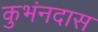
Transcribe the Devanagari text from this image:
कुभंनदास